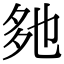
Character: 𡖐